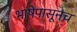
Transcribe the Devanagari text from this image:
भाषेपासूनच